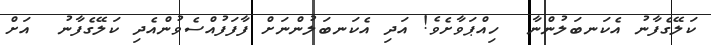
ކަލޭގެފާނު އެކަނބަލުންނާ  ހިއްޕަވާށެވެ! އަދި އެކަނބަލުންނަށް ފާފަފުއްސެވުންއެދި ކަލޭގެފާނު  އަށް